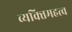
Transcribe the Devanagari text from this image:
व्यक्‍तिमहत्त्व